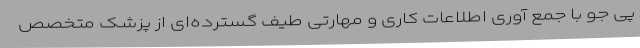
پی جو با جمع آوری اطلاعات کاری و مهارتی طیف گسترده‌ای از پزشک متخصص